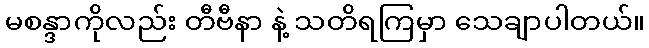
မစန္ဒာကိုလည်း တီဗီနာ နဲ့ သတိရကြမှာ သေချာပါတယ်။